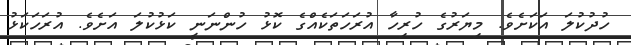
ހުދުކުލަ އަކަށެވެ. މިޔަރުގެ ހުރިހާ އުރަހަތަކެއްގެ ކޮޅު ހުންނަނީ ކަޅުކުލަ އަށެވެ. އުރަހަކަޅު